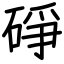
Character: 碀